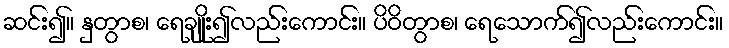
ဆင်း၍။ နှတွာစ၊ ရေချိုး၍လည်းကောင်း။ ပိဝိတွာစ၊ ရေသောက်၍လည်းကောင်း။